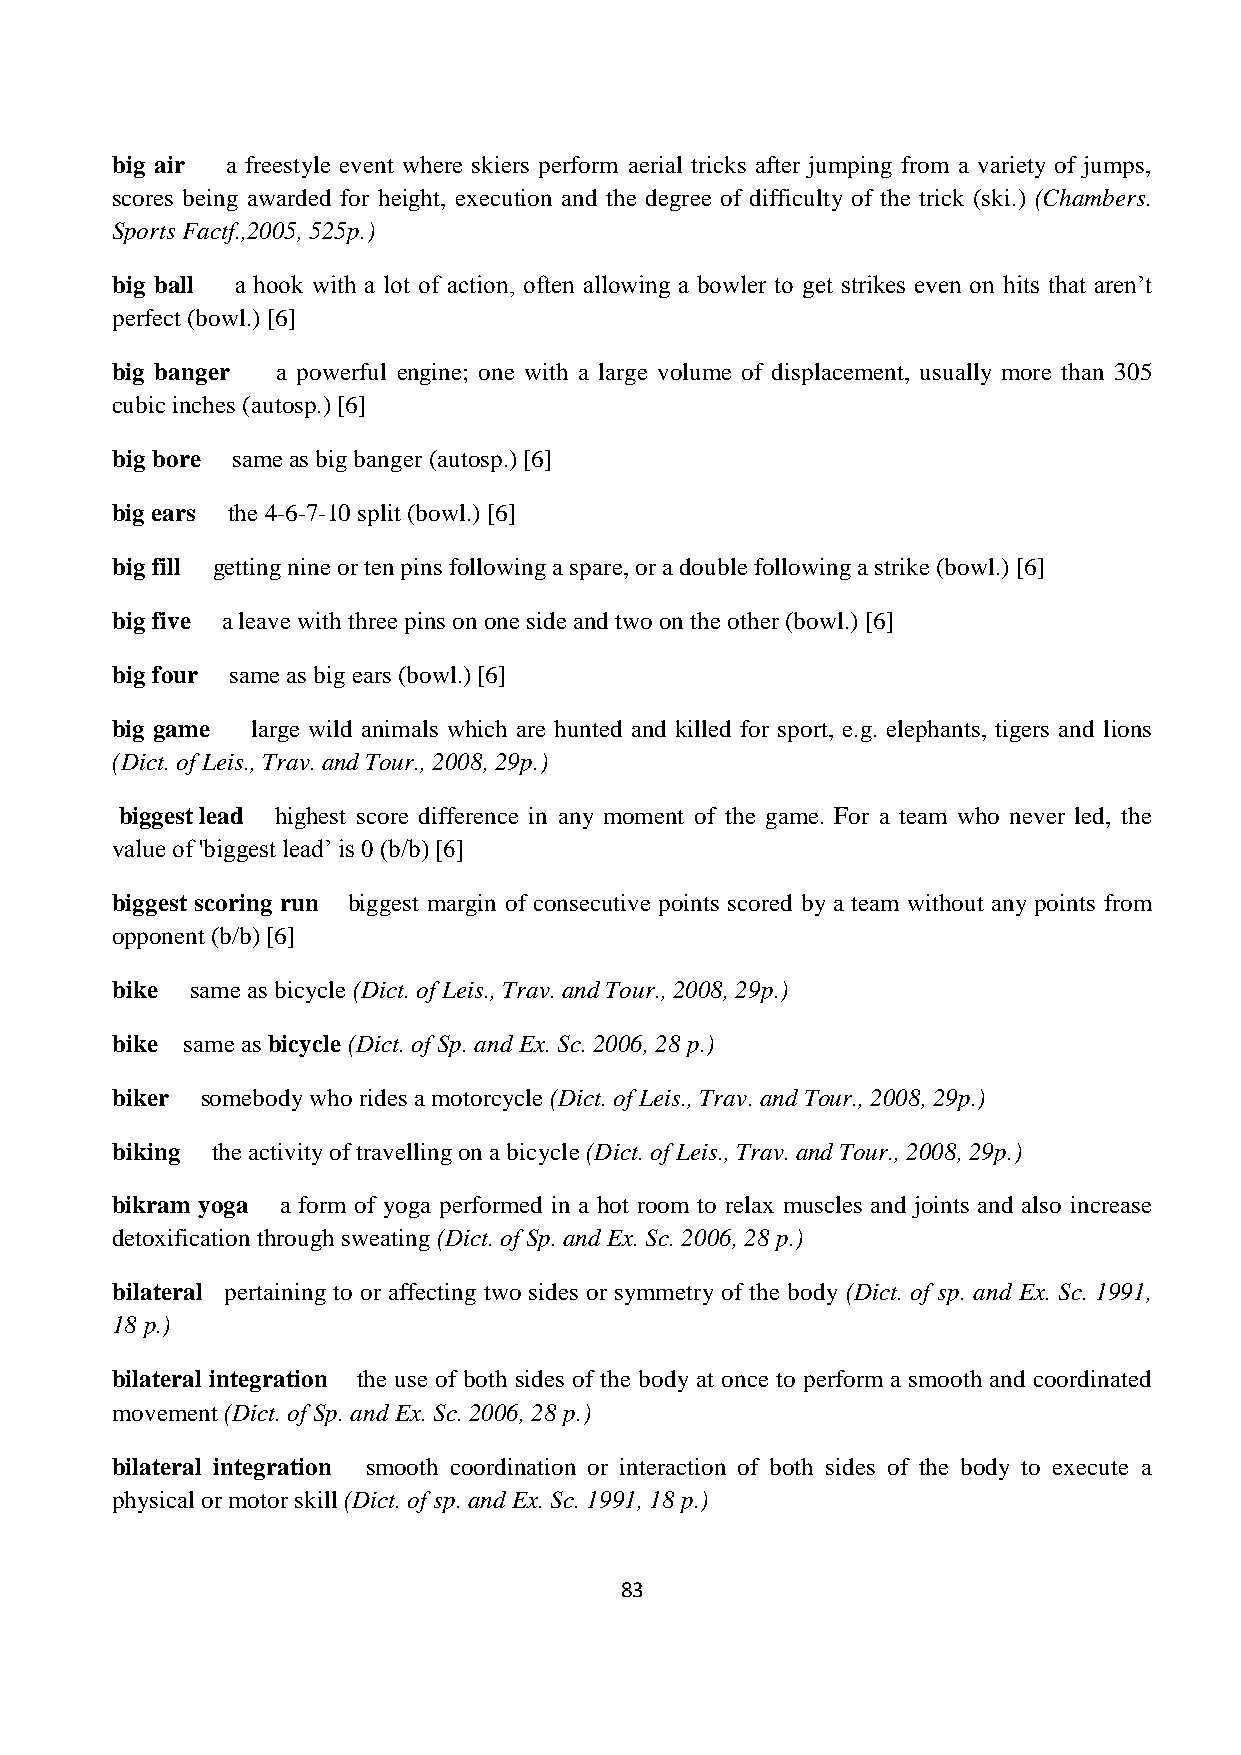
big air a freestyle event where skiers perform aerial tricks after jumping from a variety of jumps,
 scores being awarded for height, execution and the degree of difficulty of the trick (ski.) (Chambers.
 Sports Factf.,2005, 525p.)
 big ball a hook with a lot of action, often allowing a bowler to get strikes even on hits that aren’t
 perfect (bowl.) [6]
 big banger a powerful engine; one with a large volume of displacement, usually more than 305
 cubic inches (autosp.) [6]
 big bore same as big banger (autosp.) [6]
 big ears the 4-6-7-10 split (bowl.) [6]
 big fill getting nine or ten pins following a spare, or a double following a strike (bowl.) [6]
 big five a leave with three pins on one side and two on the other (bowl.) [6]
 big four same as big ears (bowl.) [6]
 big game  large wild animals which are hunted and killed for sport, e.g. elephants, tigers and lions
 (Dict. of Leis., Trav. and Tour., 2008, 29p.)
 biggest lead highest score difference in any moment of the game. For a team who never led, the
 value of 'biggest lead’ is 0 (b/b) [6]
 biggest scoring run biggest margin of consecutive points scored by a team without any points from
 opponent (b/b) [6]
 bike  same as bicycle (Dict. of Leis., Trav. and Tour., 2008, 29p.)
 bike same as bicycle (Dict. of Sp. and Ex. Sc. 2006, 28 p.)
 biker somebody who rides a motorcycle (Dict. of Leis., Trav. and Tour., 2008, 29p.)
 biking the activity of travelling on a bicycle (Dict. of Leis., Trav. and Tour., 2008, 29p.)
 bikram yoga a form of yoga performed in a hot room to relax muscles and joints and also increase
 detoxification through sweating (Dict. of Sp. and Ex. Sc. 2006, 28 p.)
 bilateral pertaining to or affecting two sides or symmetry of the body (Dict. of sp. and Ex. Sc. 1991,
 18 p.)
 bilateral integration the use of both sides of the body at once to perform a smooth and coordinated
 movement (Dict. of Sp. and Ex. Sc. 2006, 28 p.)
 bilateral integration smooth coordination or interaction of both sides of the body to execute a
 physical or motor skill (Dict. of sp. and Ex. Sc. 1991, 18 p.)
 83